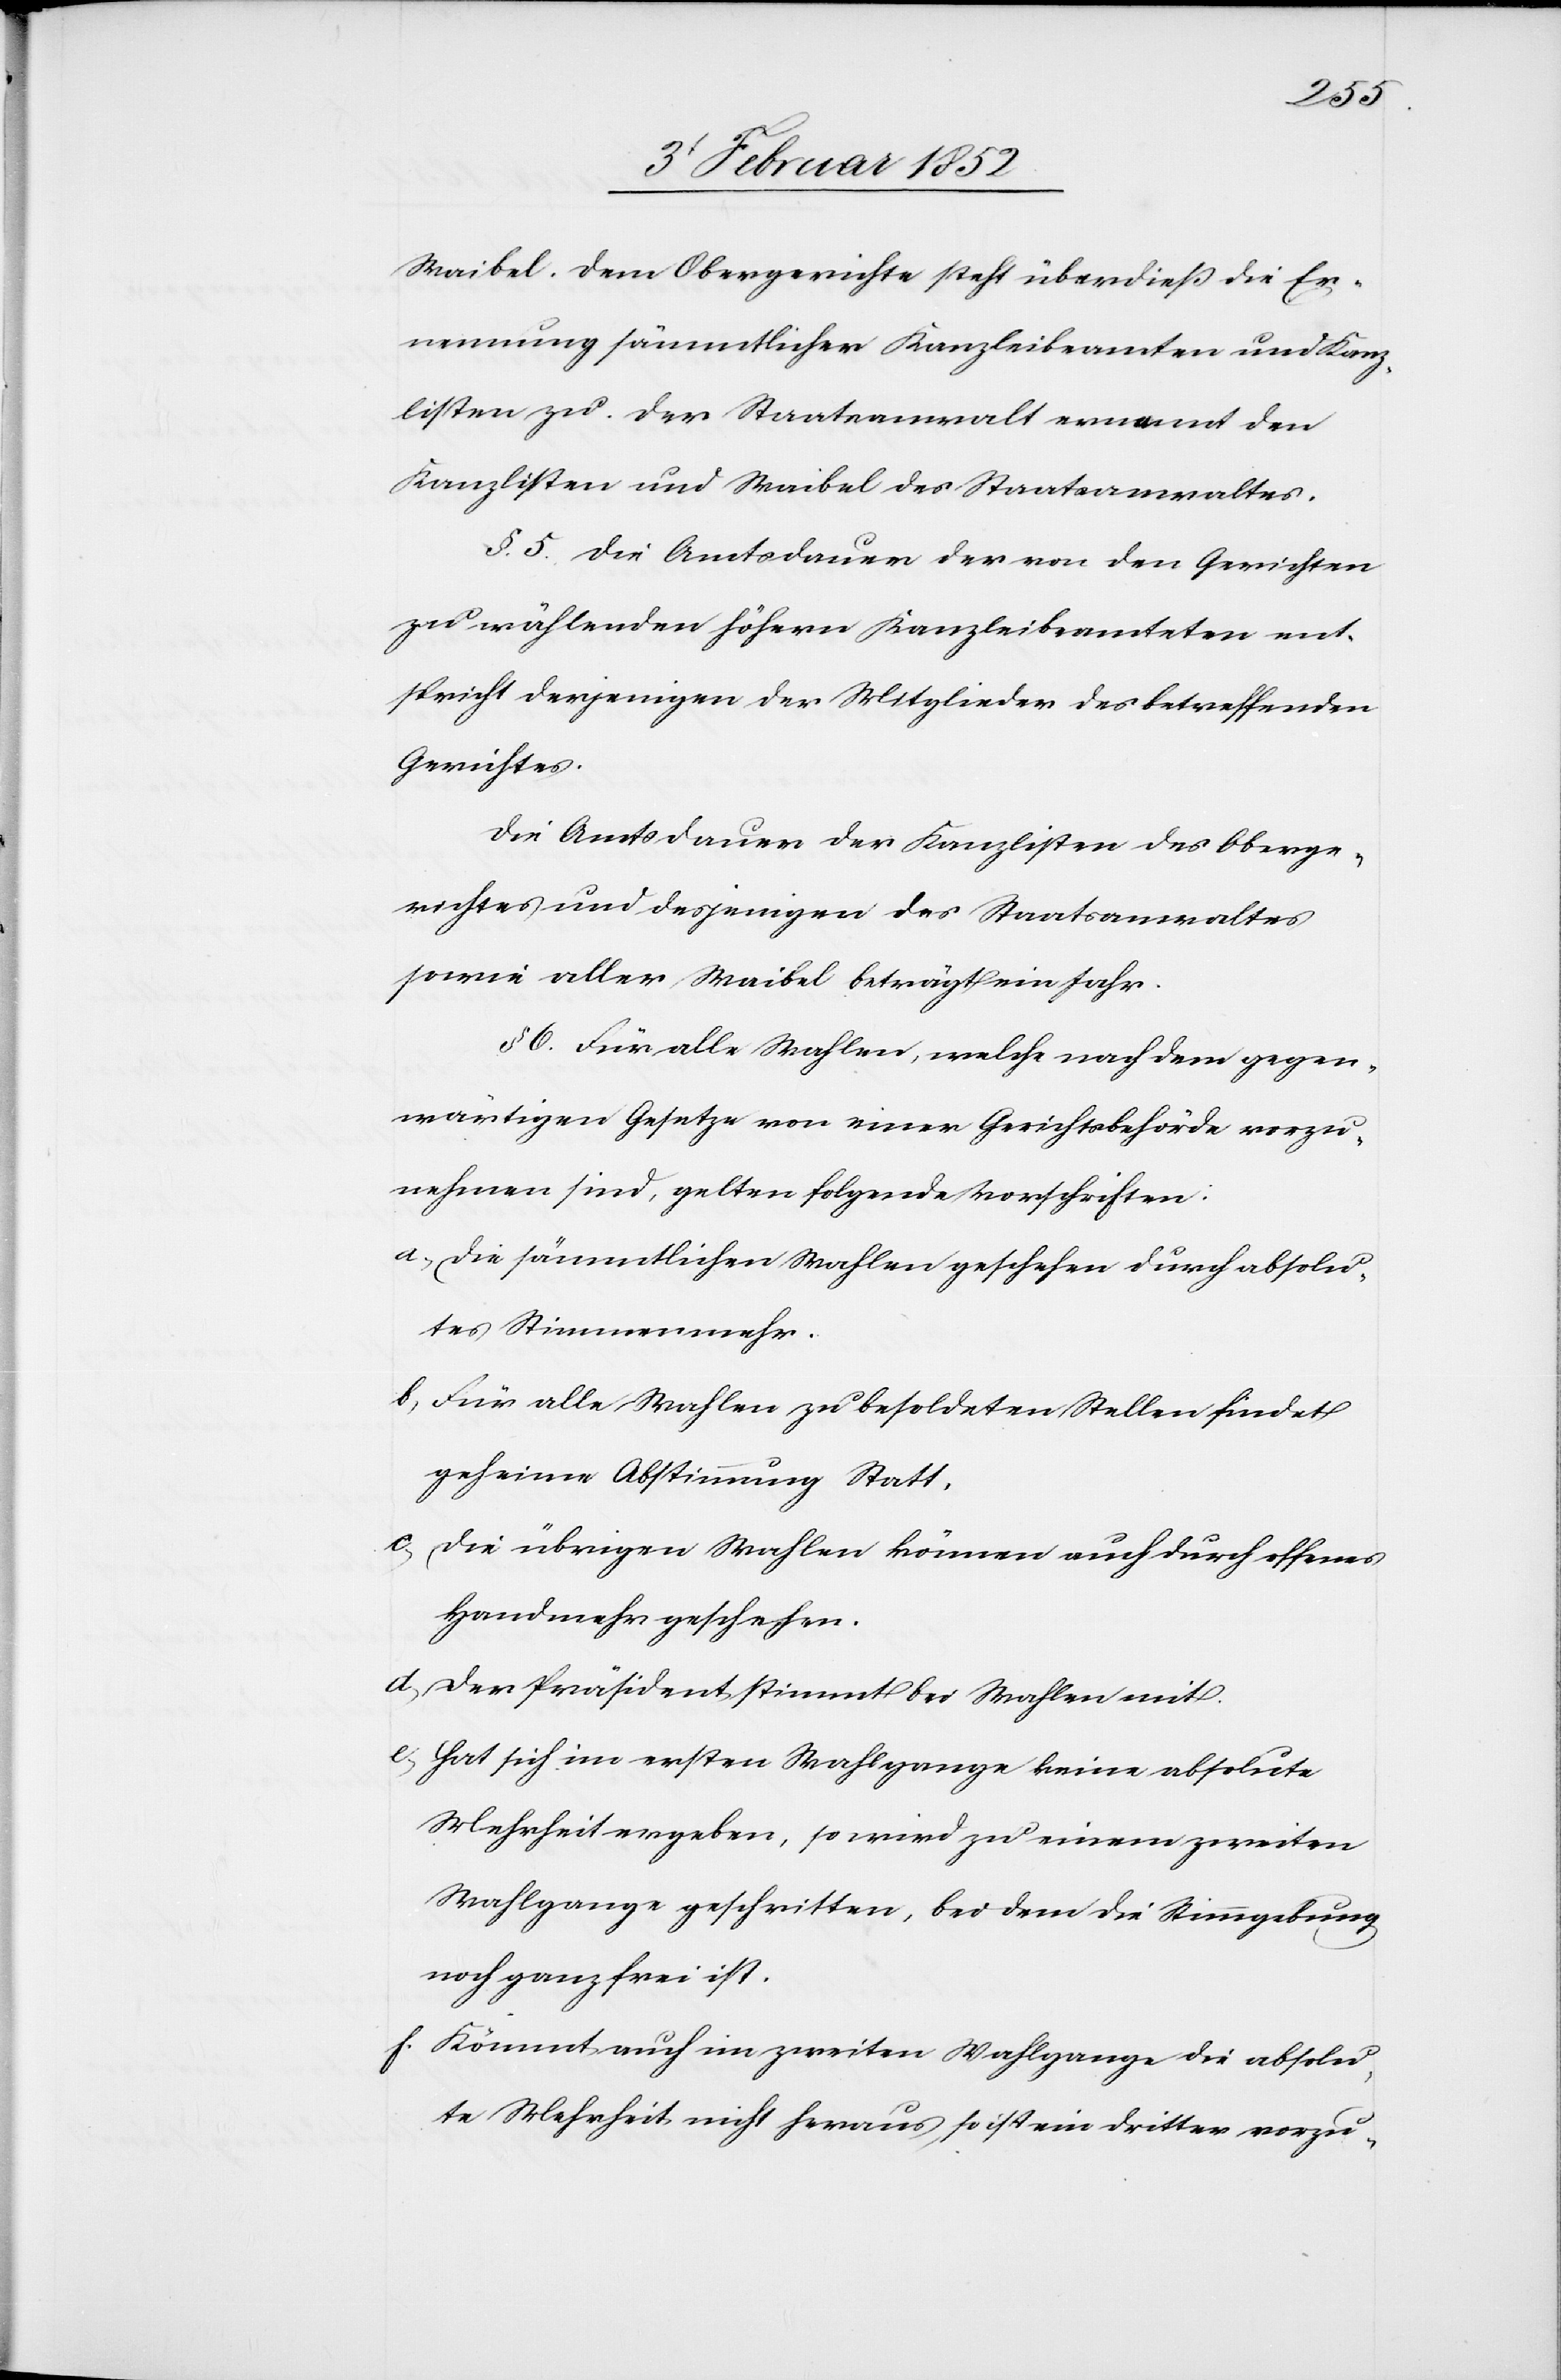
Waibel. Dem Obergerichte steht überdieß die Er¬
nennung sämmtlicher Kanzleibeamteten und Kanz¬
listen zu. Der Staatsanwalt ernennt den
Kanzlisten und Waibel des Staatsanwaltes.
§. 5. Die Amtsdauer der von den Gerichten
zu wählenden höhern Kanzleibeamteten ent¬
spricht derjenigen der Mitglieder des betreffenden
Gerichtes.
Die Amtsdauer der Kanzlisten des Oberge¬
richtes und desjenigen des Staatsanwaltes
sowie aller Waibel beträgt ein Jahr.
§ 6. Für alle Wahlen, welche nach dem gegen¬
wärtigen Gesetze von einer Gerichtsbehörde vorzu¬
nehmen sind, gelten folgende Vorschriften:
a.) Die sämmtlichen Wahlen geschehen durch absolu¬
tes Stimmenmehr.
b) Für alle Wahlen zu besoldeten Stellen findet
geheime Abstimmung Statt.
c) Die übrigen Wahlen können auch durch offenes
Handmehr geschehen.
d) Der Präsident stimmt bei Wahlen mit.
e) Hat sich im ersten Wahlgange keine absolute
Mehrheit ergeben, so wird zu einem zweiten
Wahlgange geschritten, bei dem die Stimmgebung
noch ganz frei ist.
f. Kömmt auch im zweiten Wahlgang die absolu¬
te Mehrheit nicht heraus, so ist ein dritter vorzu-